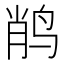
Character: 𲍸